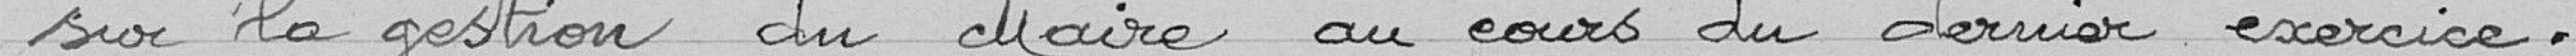
sur la gestion du Maire au cours du dernier exercice.